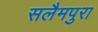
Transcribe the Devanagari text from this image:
सलैमपुरा